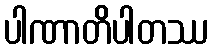
ပါဏာတိပါတဿ